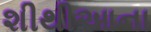
શીથીઆના